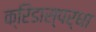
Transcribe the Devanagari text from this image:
क्रिडास्पर्धा